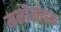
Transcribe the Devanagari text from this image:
मनोमोहक